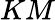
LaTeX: KM